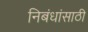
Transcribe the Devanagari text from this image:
निबंधांसाठी